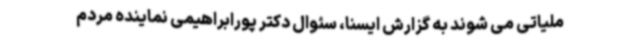
ملیاتی می شوند به گزارش ایسنا، سئوال دکتر پورابراهیمی نماینده مردم